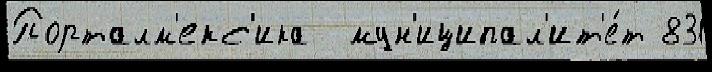
Порталм'екс'ика  мун'иципал'ит'е́т 831